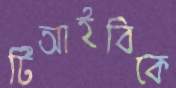
টিআইবিকে